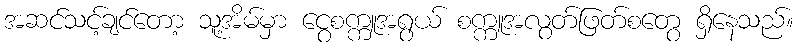
အဆင်သင့်ချင်တော့ သူ့အိမ်မှာ ငွေစက္ကူအရွယ် စက္ကူအလွတ်ဖြတ်စတွေ ရှိနေသည်။